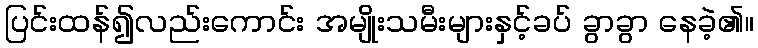
ပြင်းထန်၍လည်းကောင်း အမျိုးသမီးများနှင့်ခပ် ခွာခွာ နေခဲ့၏။